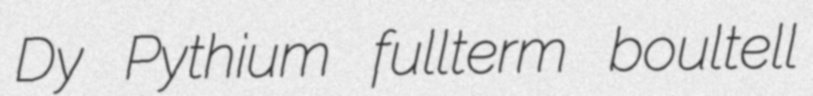
Dy Pythium fullterm boultell